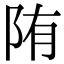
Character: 陏